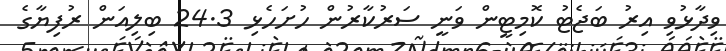
ވިދާޅުވި އިރު ބަޖެޓު ކޮމިޓީން ވަނީ ސަރުކާރުން ހުށަހެޅި 24.3 ބިލިއަން ރުފިޔާގެ